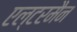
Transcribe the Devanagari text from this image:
एल्टरमैन